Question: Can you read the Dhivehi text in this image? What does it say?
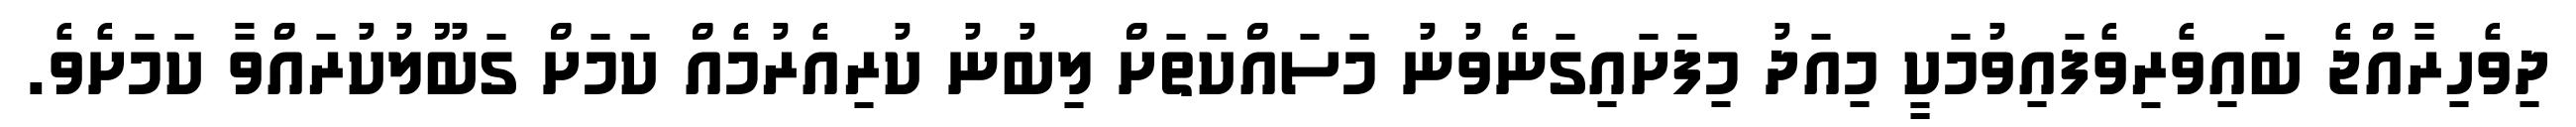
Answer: ދިވެހިރާއްޖެ ބައިވެރިވެފައިވުމަކީ މިއަދު މިފަށައިގަނެވުނު މަސައްކަތަށް ލިބުނު ކުރިއެރުމެއް ކަމަށް ގަބޫލުކުރައްވާ ކަމަށެވެ.